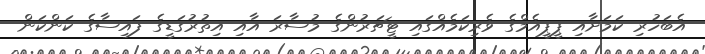
އެބަހުރި ކަމަށާއި ޕީޕީއެމްގެ ވެރިކަމެއްގައި ޓީޗަރުންގެ މުސާރަ އާއި އިތުރުގަޑީގެ ފައިސާގެ ކަންކަން